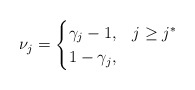
\begin{align*}\nu_j = \begin{cases} \gamma_j - 1, & j \geq j^*\\ 1 - \gamma_j, & \end{cases}\end{align*}